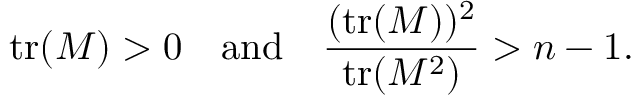
\operatorname { t r } ( M ) > 0 \quad \mathrm { a n d } \quad { \frac { ( \operatorname { t r } ( M ) ) ^ { 2 } } { \operatorname { t r } ( M ^ { 2 } ) } } > n - 1 .